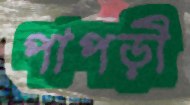
পাপড়ী